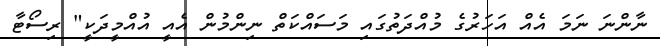
ނާންނަ ނަމަ އެއް އަހަރުގެ މުއްދަތުގައި މަސައްކަތް ނިންމުން އެއީ އުއްމީދަކީ" ރިސޯޓާ